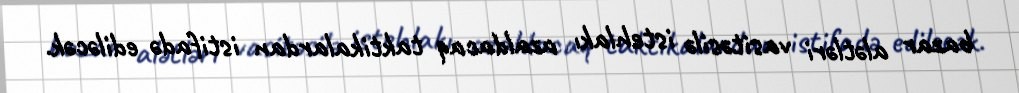
bazar alətləri vasitəsilə istehlakı azaldacaq taktikalardan istifadə ediləcək.